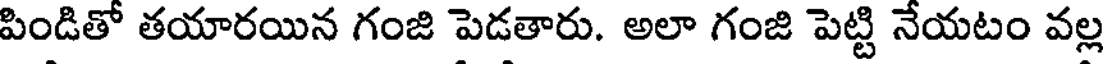
పిండితో తయారయిన గంజి పెడతారు. అలా గంజి పెట్టి నేయటం వల్ల